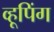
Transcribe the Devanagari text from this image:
व्हूपिंग